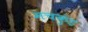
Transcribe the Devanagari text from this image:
मचकुंड